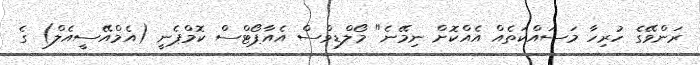
ރަންވޭގެ ހުރިހާ މަސައްކަތެއް އެއްކޮށް ނިމޭނެ" މޯލްޑިވްސް އެއާޕޯޓްސް ކޮމްޕެނީ (އެމްއޭސީއެލް) ގެ